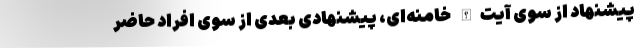
پیشنهاد از سوی آیت‌الله خامنه‌ای، پیشنهادی بعدی از سوی افراد حاضر